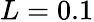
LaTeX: L=0.1